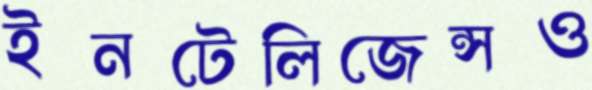
ইনটেলিজেন্সও